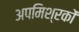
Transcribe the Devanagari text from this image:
अपमिश्रकों